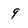
Character: 9